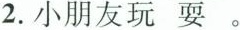
2.小朋友玩耍。